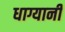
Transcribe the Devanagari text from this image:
धाग्यानी